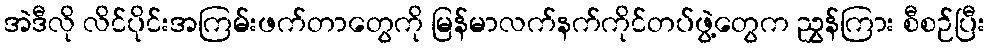
အဲဒီလို လိင်ပိုင်းအကြမ်းဖက်တာတွေကို မြန်မာလက်နက်ကိုင်တပ်ဖွဲ့တွေက ညွှန်ကြား စီစဉ်ပြီး